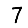
Digit: 7